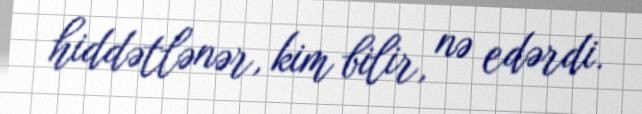
hiddətlənər, kim bilir, nə edərdi.